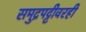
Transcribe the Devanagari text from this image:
समुद्रपट्टीवरही